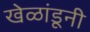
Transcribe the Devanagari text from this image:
खेळांडूनी